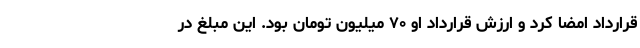
قرارداد امضا کرد و ارزش قرارداد او ۷۰ میلیون تومان بود. این مبلغ در